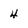
Character: 4